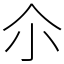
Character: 尒